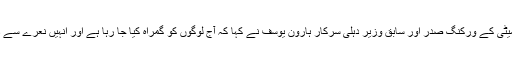
دہلی پردیش کانگریس کمیٹی کے ورکنگ صدر اور سابق وزیر دہلی سرکار ہارون یوسف نے کہا کہ آج لوگوں کو گمراہ کیا جا رہا ہے اور انہیں نعرے سے دہشت زدہ کیا جا رہا ہے۔